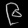
Digit: ၉